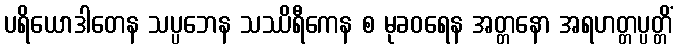
ပရိယောဒါတေန သပ္ပဘေန သဿိရီကေန စ မုခဝရေန အတ္တနော အရဟတ္တပ္ပတ္တိံ